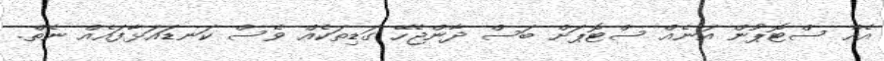
އެއް ސްޓޮޕުން އަނެއް ސްޓޮޕަށް ބަސް ދާންޖެހޭ ގަޑިތަކެއް ވެސް ކަނޑައަޅާފައެއް ނެތް.